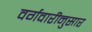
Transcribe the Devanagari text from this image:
वर्गवारीनुसार